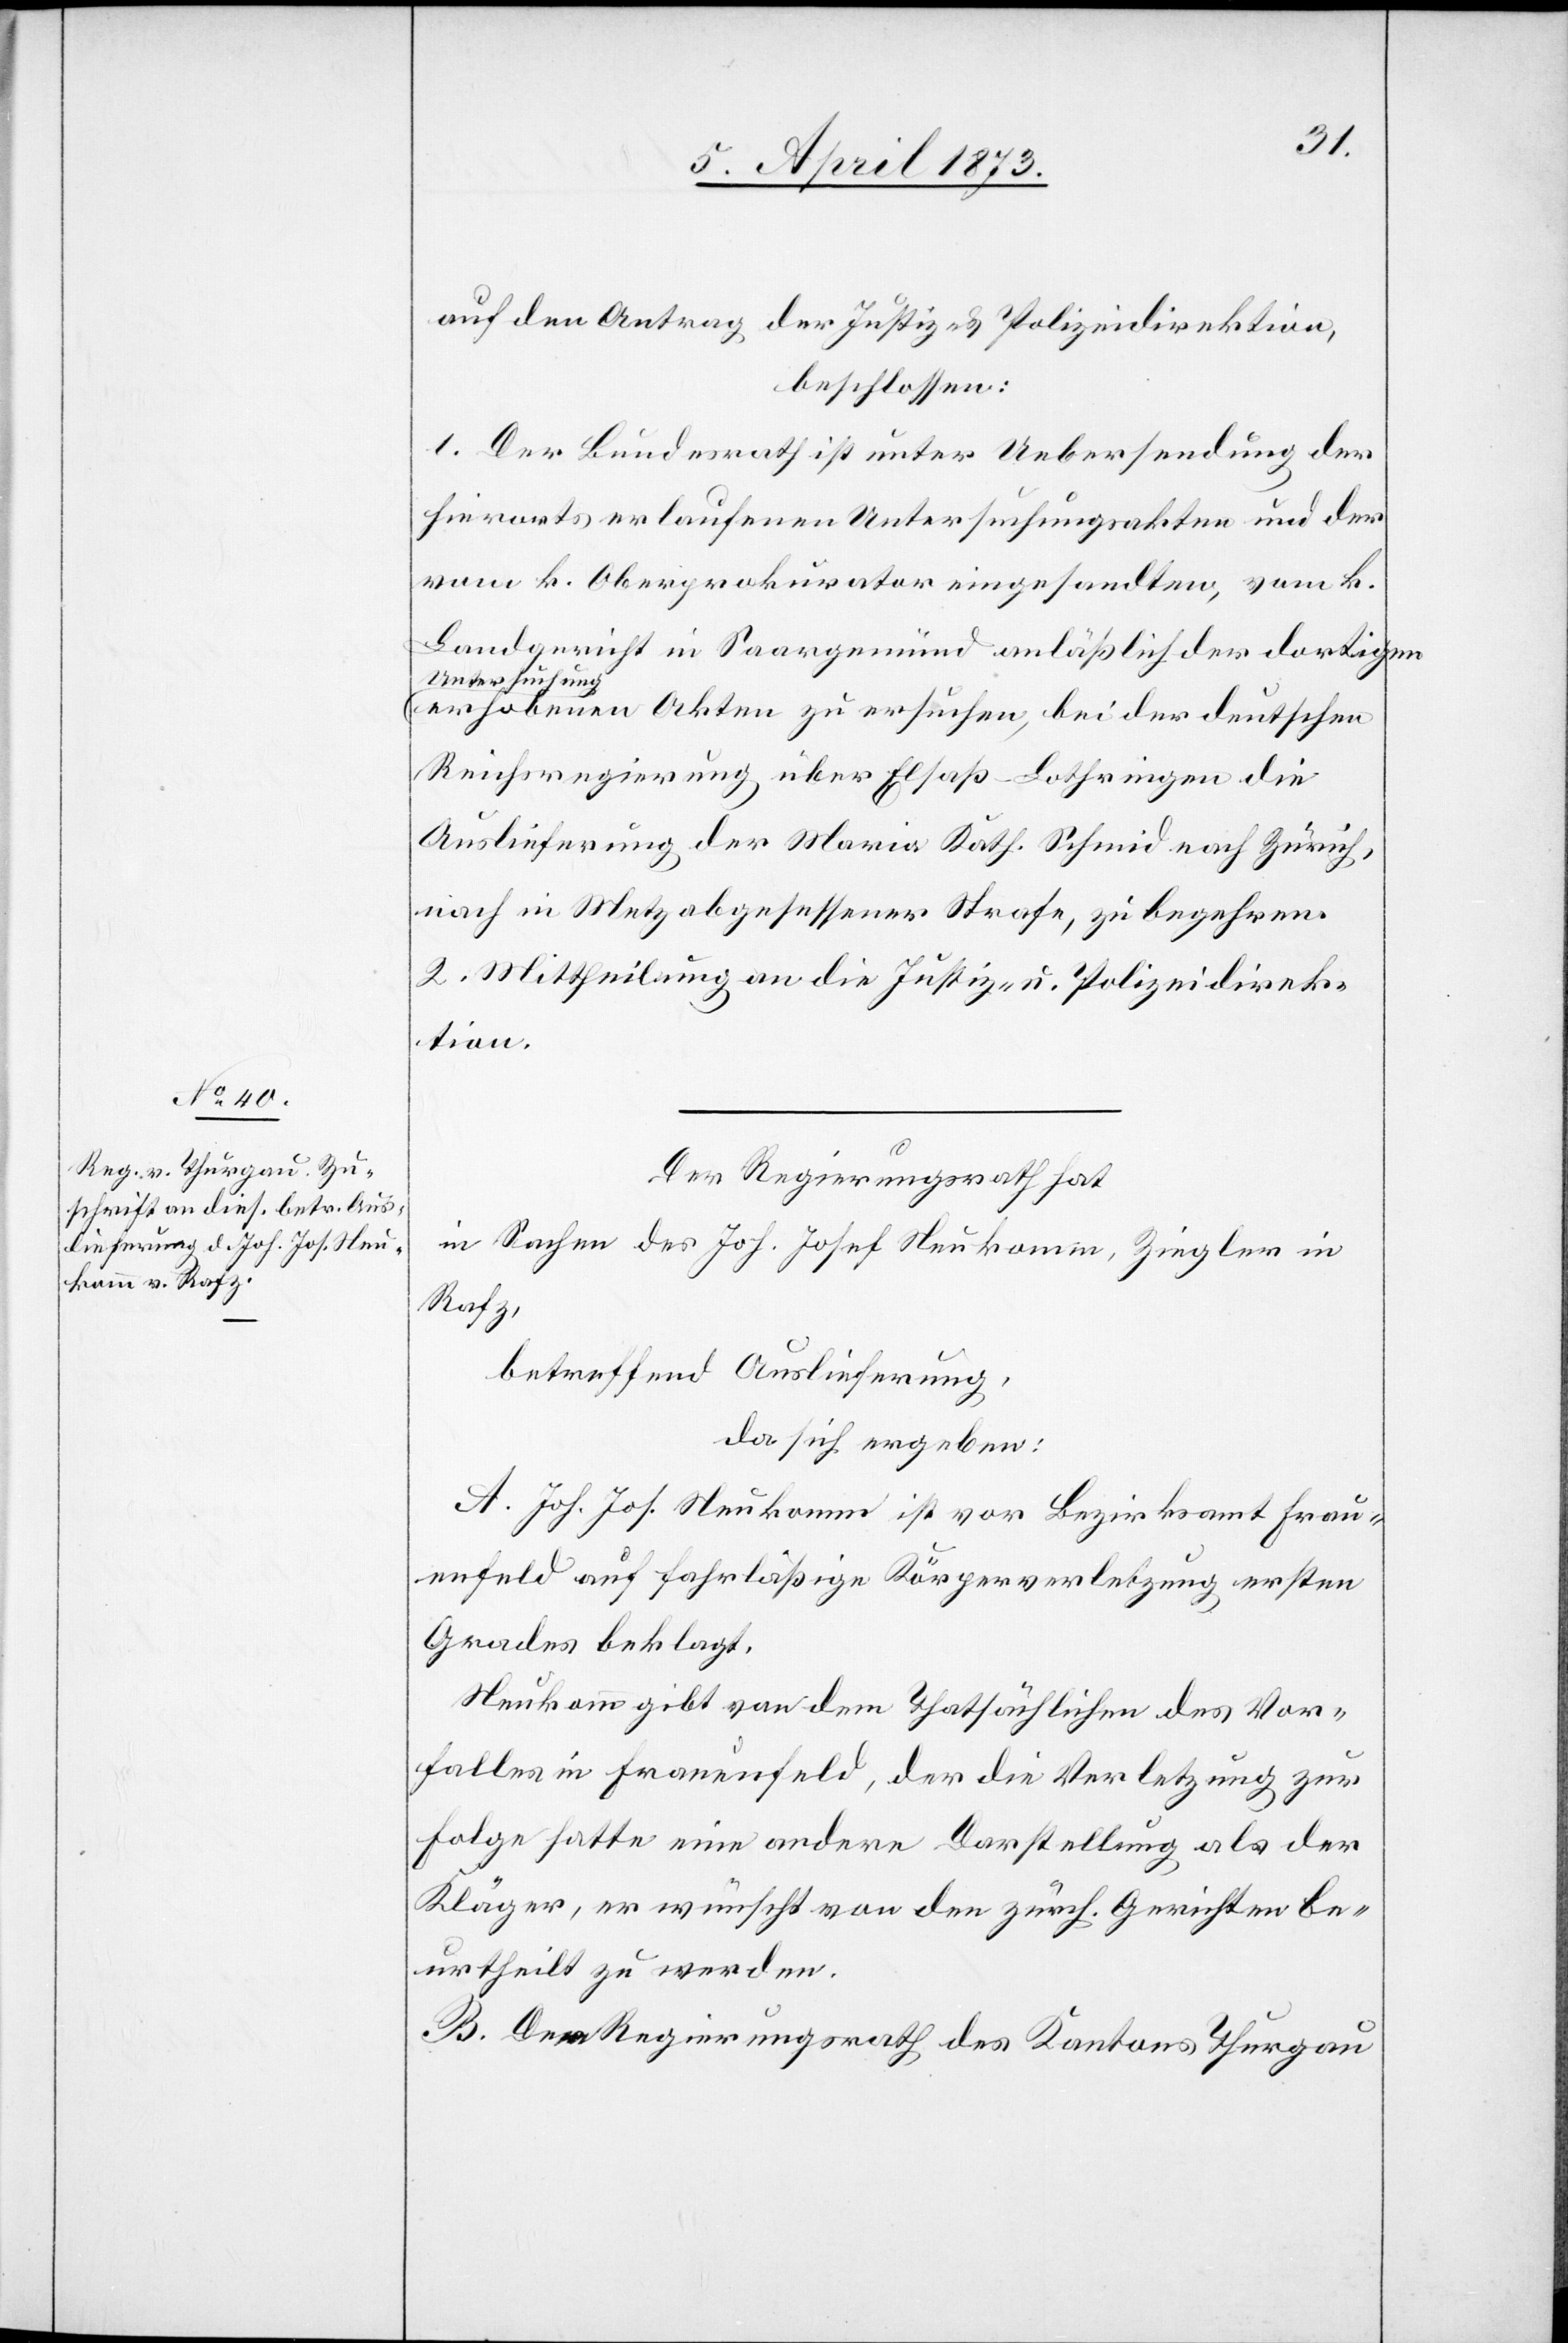
auf den Antrag der Justiz- u. Polizeidirektion,
beschlossen:
1. Der Bundesrath ist unter Uebersendung der
hierorts erlaufenen Untersuchungsakten und der
vom k. Oberprokurator eingesandten, vom k.
Landgericht in Saargemünd anläßlich der dortigen
erhobenen Akten zu ersuchen, bei der deutschen
Reichsregierung über Elsaß-Lothringen die
Auslieferung der Maria Kath. Schmid nach Zürich,
nach in Metz abgesessener Strafe, zu begehren.
2. Mittheilung an die Justiz- u. Polizeidirek¬
tion.
Der Regierungsrath hat
in Sachen des Joh. Josef Neukomm, Ziegler in
Rafz,
betreffend Auslieferung,
da sich ergeben:
A. Joh. Jos. Neukomm ist vor Bezirksamt Frau¬
enfeld auf fahrläßige Körperverletzung ersten
Grades beklagt.
Neukomm gibt von dem Thatsächlichen des Vor¬
falles in Frauenfeld, der die Verletzung zur
Folge hatte eine andere Darstellung als der
Kläger, er wünscht von den zürch. Gerichten be¬
urtheilt zu werden.
B. Dem Regierungsrath des Kantons Thurgau